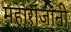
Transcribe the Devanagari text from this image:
महारांजांनी